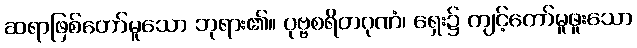
ဆရာဖြစ်တော်မူသော ဘုရား၏။ ပုဗ္ဗစရိတဂုဏံ၊ ရှေး၌ ကျင့်တော်မူဖူးသော